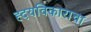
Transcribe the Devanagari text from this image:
ह्दयविकाराचा